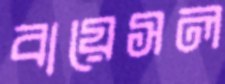
বায়েসল